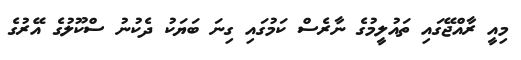
މިއީ ރާއްޖޭގައި ތައުލީމުގެ ނާރެސް ކަމުގައި ގިނަ ބަޔަކު ދެކުނު ސްކޫލުގެ އޭރުގެ